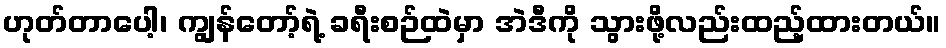
ဟုတ်တာပေါ့၊ ကျွန်တော့်ရဲ့ ခရီးစဉ်ထဲမှာ အဲဒီကို သွားဖို့လည်းထည့်ထားတယ်။